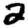
Digit: 2